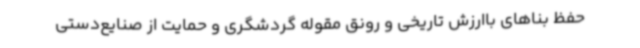
حفظ بناهای باارزش تاریخی و رونق مقوله گردشگری و حمایت از صنایع‌دستی